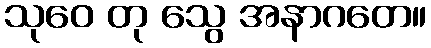
သုဝေ တု သွေ အနာဂတေ။